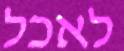
לאכל